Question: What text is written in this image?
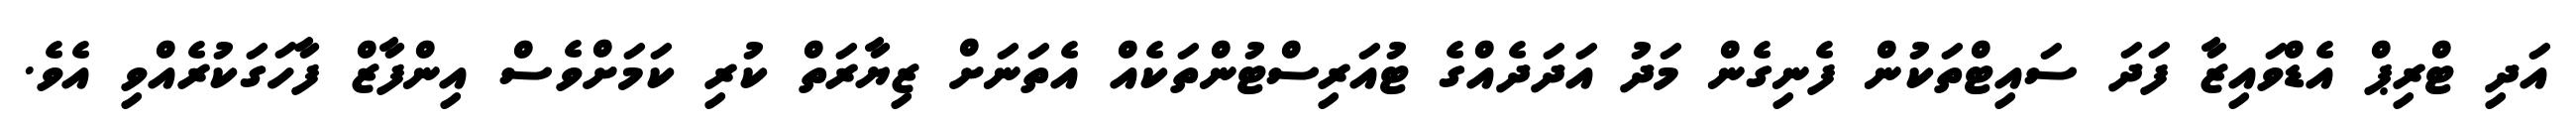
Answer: އަދި ޓްރިޕް އެޑްވައިޒާ ފަދަ ސައިޓްތަކުން ފެނިގެން މަދު އަދަދެއްގެ ޓުއަރިސްޓުންތަކެއް އެތަނަށް ޒިޔާރަތް ކުރި ކަމަށްވެސް އިންފާޒް ފާހަގަކުރެއްވި އެވެ.